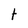
Character: t